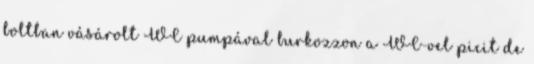
boltban vásárolt WC pumpával burkozzon a WC-vel picit de